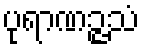
ပုရာဏဉ္ဇသံ